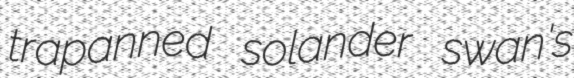
trapanned solander swan's